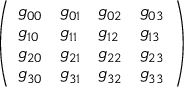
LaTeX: \left( \begin{array} { l l l l } { g _ { 0 0 } } & { g _ { 0 1 } } & { g _ { 0 2 } } & { g _ { 0 3 } } \\ { g _ { 1 0 } } & { g _ { 1 1 } } & { g _ { 1 2 } } & { g _ { 1 3 } } \\ { g _ { 2 0 } } & { g _ { 2 1 } } & { g _ { 2 2 } } & { g _ { 2 3 } } \\ { g _ { 3 0 } } & { g _ { 3 1 } } & { g _ { 3 2 } } & { g _ { 3 3 } } \end{array} \right)